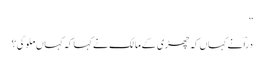
”
دراؔ نے کہاں کہ چھڑی کے مالک نے کہا کہ کہاں ملوگی؟